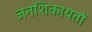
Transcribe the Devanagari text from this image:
जनशिकायतों